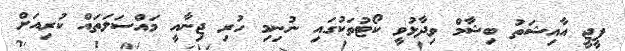
ޕީޖީ އާއިޝަތު ބިޝާމް ވިދާޅުވީ ކޯޓުތަކުގައި ނުނިމި ހުރި ޖިނާއީ މައްސަލަތައް ކުރިއަށް